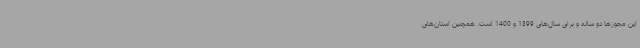
این مجوزها دو ساله و برای سال‌های 1399 و 1400 است. همچنین استان‌های